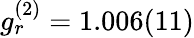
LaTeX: g_{r}^{(2)}=1.006(11)